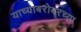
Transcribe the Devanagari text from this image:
याच्याबरोबरच्या